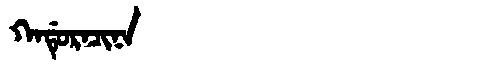
Manchu: ᡴᠠᡩᡠᡵᠠᠴᡳᠨᠠ
Romanization: KADURACINA